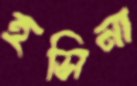
হসিনা